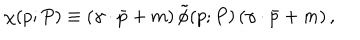
LaTeX: \chi ( p ; P ) \equiv \left( \gamma \cdot \bar { p } + m \right) \tilde { \phi } ( p ; P ) \left( \gamma \cdot \bar { p } + m \right) ,